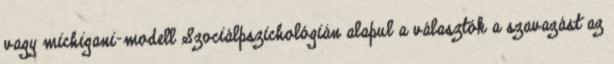
vagy michigani-modell Szociálpszichológián alapul a választók a szavazást az